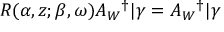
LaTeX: R ( \alpha , z ; \beta , \omega ) A _ { W } { } ^ { \dag } | \gamma = A _ { W } { } ^ { \dag } | \gamma